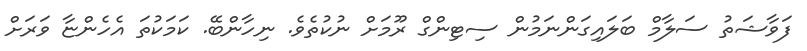
ފަވާޝަތު ސަލާމް ބަލައިގަންނަމުން ސިޓިންގް ރޫމަށް ނުކުތެވެ. ނިހާންބޭ. ކަމަކުތަ އެހެންޏާ ވަރަށް